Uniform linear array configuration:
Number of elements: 64
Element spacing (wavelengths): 0.25
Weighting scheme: uniform
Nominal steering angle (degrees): -15
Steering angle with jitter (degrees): -15.03
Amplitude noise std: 0.05
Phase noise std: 0.05

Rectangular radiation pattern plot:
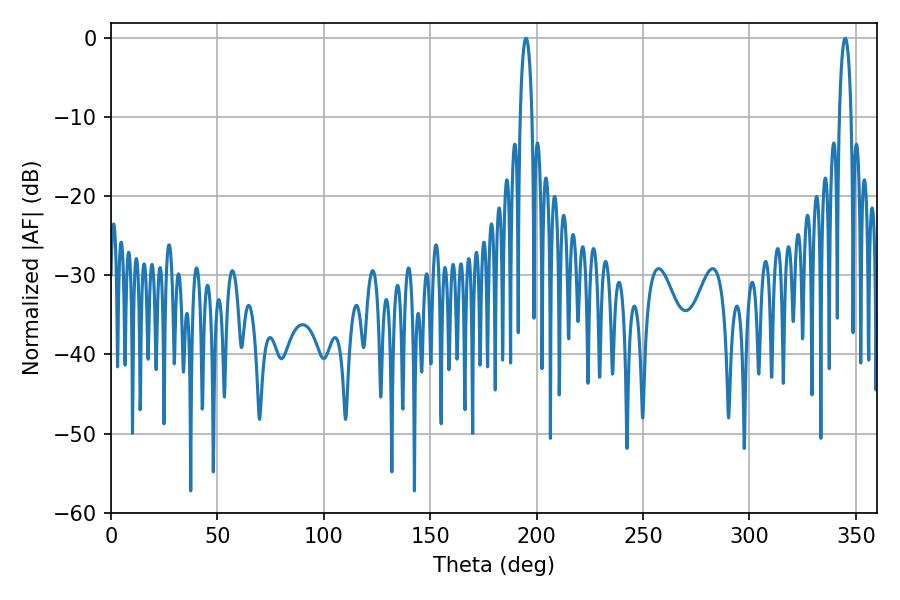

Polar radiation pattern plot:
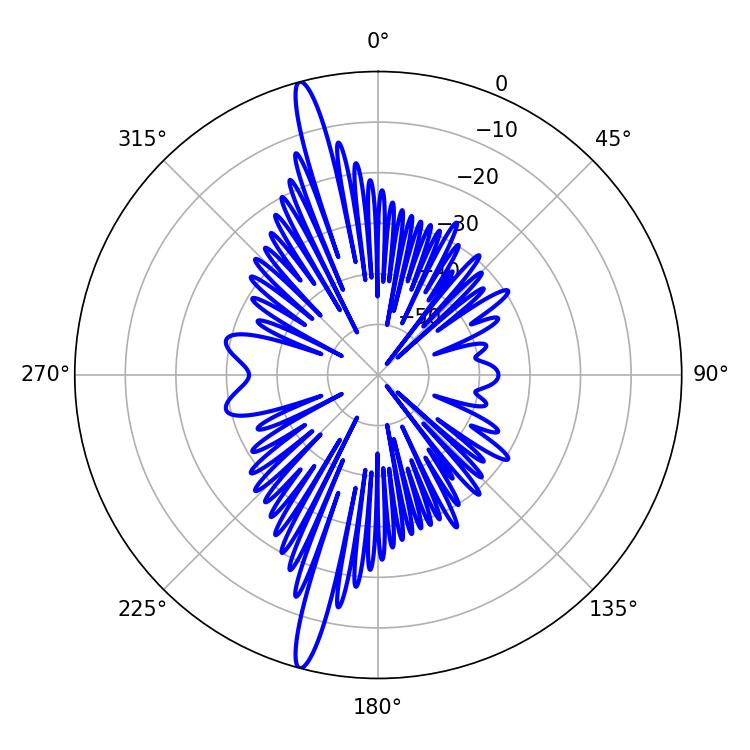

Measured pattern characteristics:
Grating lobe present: FALSE
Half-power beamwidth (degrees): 3.06
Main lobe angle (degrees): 194.94